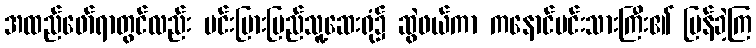
အထည်ဖော်ရာတွင်လည်း မင်းပြားပြည်သူ့ဆေးရုံ၌ ဆွဲဖယ်ကာ ကနောင်မင်းသားကြီး၏ ပြန်ခဲ့ကြ